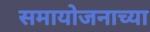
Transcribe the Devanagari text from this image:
समायोजनाच्या